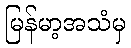
မြန်မာ့အသံမှ